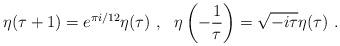
LaTeX: \begin{align*}\eta (\tau + 1) = e^{\pi i / 12} \eta (\tau) ~,~~ \eta \left(- \frac{1}{\tau}\right) = \sqrt{-i \tau} \eta (\tau) ~.\end{align*}